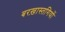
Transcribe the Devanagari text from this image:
बरख़ास्तगियों